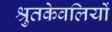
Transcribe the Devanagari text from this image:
श्रुतकेवलियों